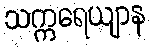
သက္ကရေယျာန